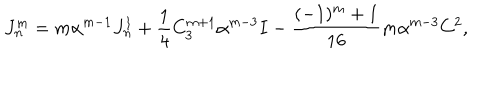
J _ { n } ^ { m } = m \alpha ^ { m - 1 } J _ { n } ^ { 1 } + \frac 1 4 C _ { 3 } ^ { m + 1 } \alpha ^ { m - 3 } I - \frac { ( - 1 ) ^ { m } + 1 } { 1 6 } m \alpha ^ { m - 3 } C ^ { 2 } ,